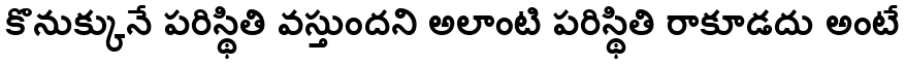
కొనుక్కునే పరిస్థితి వస్తుందని అలాంటి పరిస్థితి రాకూడదు అంటే